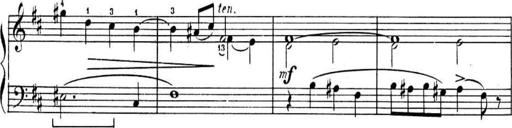
Title: Sonatines
Composer: Hedwige ChrÃ©tien